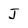
Character: J